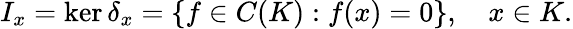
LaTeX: I_{x}=\ker\delta_{x}=\{ f\in C(K):f(x)=0\} ,\quad x\in K.